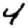
Digit: 4